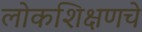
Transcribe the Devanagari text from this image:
लोकशिक्षणचे